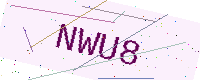
Text: NWU8